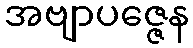
အဗျာပဇ္ဇေန